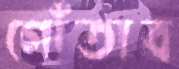
গোঁতাব